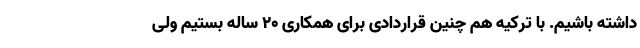
داشته باشیم. با ترکیه هم چنین قراردادی برای همکاری 20 ساله بستیم ولی